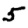
Digit: 5